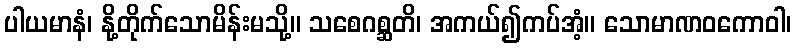
ပါယမာနံ၊ နို့တိုက်သောမိန်းမသို့။ သစေဂစ္ဆတိ၊ အကယ်၍ကပ်အံ့။ သောမာဏဝကောဝါ၊